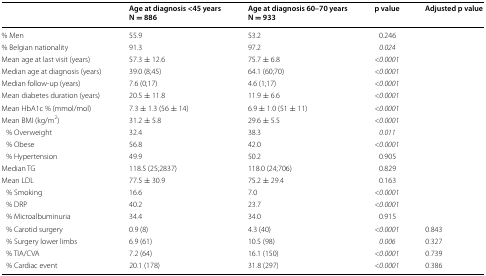
<table><thead><tr><td></td><td><b>Age at diagnosis &lt;45 yearsN = 886</b></td><td><b>Age at diagnosis 60–70 yearsN = 933</b></td><td><b>p value</b></td><td><b>Adjusted p value</b></td></tr></thead><tbody><tr><td>% Men</td><td>55.9</td><td>53.2</td><td>0.246</td><td></td></tr><tr><td>% Belgian nationality</td><td>91.3</td><td>97.2</td><td><i>0.024</i></td><td></td></tr><tr><td>Mean age at last visit (years)</td><td>57.3 ± 12.6</td><td>75.7 ± 6.8</td><td><i>&lt;0.0001</i></td><td></td></tr><tr><td>Median age at diagnosis (years)</td><td>39.0 (8;45)</td><td>64.1 (60;70)</td><td><i>&lt;0.0001</i></td><td></td></tr><tr><td>Median follow-up (years)</td><td>7.6 (0;17)</td><td>4.6 (1;17)</td><td><i>&lt;0.0001</i></td><td></td></tr><tr><td>Mean diabetes duration (years)</td><td>20.5 ± 11.8</td><td>11.9 ± 6.6</td><td><i>&lt;0.0001</i></td><td></td></tr><tr><td>Mean HbA1c % (mmol/mol)</td><td>7.3 ± 1.3 (56 ± 14)</td><td>6.9 ± 1.0 (51 ± 11)</td><td><i>&lt;0.0001</i></td><td></td></tr><tr><td>Mean BMI (kg/m<sup>2</sup>)</td><td>31.2 ± 5.8</td><td>29.6 ± 5.5</td><td><i>&lt;0.0001</i></td><td></td></tr><tr><td> % Overweight</td><td>32.4</td><td>38.3</td><td><i>0.011</i></td><td></td></tr><tr><td> % Obese</td><td>56.8</td><td>42.0</td><td><i>&lt;0.0001</i></td><td></td></tr><tr><td> % Hypertension</td><td>49.9</td><td>50.2</td><td>0.905</td><td></td></tr><tr><td>Median TG</td><td>118.5 (25;2837)</td><td>118.0 (24;706)</td><td>0.829</td><td></td></tr><tr><td>Mean LDL</td><td>77.5 ± 30.9</td><td>75.2 ± 29.4</td><td>0.163</td><td></td></tr><tr><td> % Smoking</td><td>16.6</td><td>7.0</td><td><i>&lt;0.0001</i></td><td></td></tr><tr><td> % DRP</td><td>40.2</td><td>23.7</td><td><i>&lt;0.0001</i></td><td></td></tr><tr><td> % Microalbuminuria</td><td>34.4</td><td>34.0</td><td>0.915</td><td></td></tr><tr><td> % Carotid surgery</td><td>0.9 (8)</td><td>4.3 (40)</td><td><i>&lt;0.0001</i></td><td>0.843</td></tr><tr><td> % Surgery lower limbs</td><td>6.9 (61)</td><td>10.5 (98)</td><td><i>0.006</i></td><td>0.327</td></tr><tr><td> % TIA/CVA</td><td>7.2 (64)</td><td>16.1 (150)</td><td><i>&lt;0.0001</i></td><td>0.739</td></tr><tr><td> % Cardiac event</td><td>20.1 (178)</td><td>31.8 (297)</td><td><i>&lt;0.0001</i></td><td>0.386</td></tr></tbody></table>